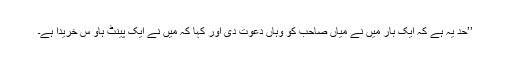
’’حد یہ ہے کہ ایک بار میں نے میاں صاحب کو وہاں دعوت دی اور کہا کہ میں نے ایک پینٹ ہاؤ س خریدا ہے۔